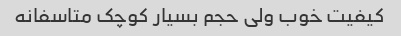
کیفیت خوب ولی حجم بسیار کوچک متاسفانه